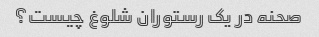
صحنه در یک رستوران شلوغ چیست؟